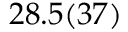
2 8 . 5 ( 3 7 )